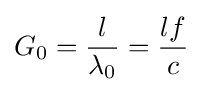
G_{\text{0}}={l \over \lambda _{\text{0}}}={lf \over c}